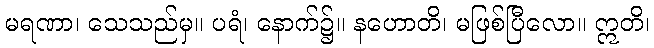
မရဏာ၊ သေသည်မှ။ ပရံ၊ နောက်၌။ နဟောတိ၊ မဖြစ်ပြီလော။ ဣတိ၊